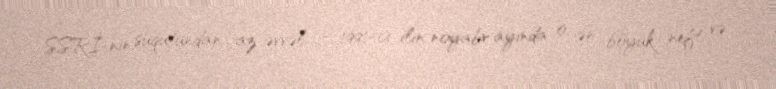
SSRİ-nin süqutundan az əvvəl - 1991-ci ilin noyabr ayında o, ən böyük neft və